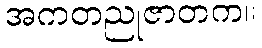
အကတညုဇာတက။